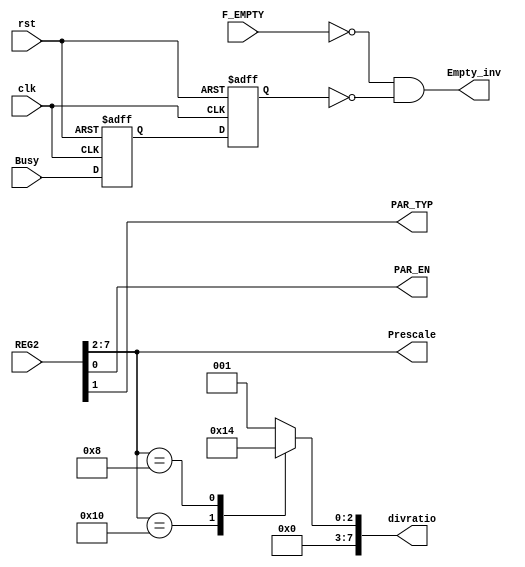
module divmux (
  input F_EMPTY, Busy, clk, rst,
  input [7:0] REG2,
  output reg PAR_EN, PAR_TYP, 
  output reg [5:0] Prescale,
  output reg [7:0] divratio,
  output reg Empty_inv
  );
  
  reg int_Busy, int_Busy1;
 
always @ (posedge clk , negedge rst)
begin
 if(!rst)
  begin
   int_Busy <= 0;
   int_Busy1 <= 0;
  end
 else
  begin
   int_Busy <= Busy;
   int_Busy1 <= int_Busy;
  end 
end

always @ (*)
 begin
  PAR_EN = REG2[0];
  PAR_TYP = REG2[1];
  Prescale = REG2[7:2];
 end
  
always @ (*)
 begin
   case (Prescale)
     32: divratio = 1;
     16: divratio = 2;
     8: divratio = 4;
     default: divratio = 1;
   endcase
   Empty_inv = !F_EMPTY & !int_Busy1;
 end
 
 endmodule